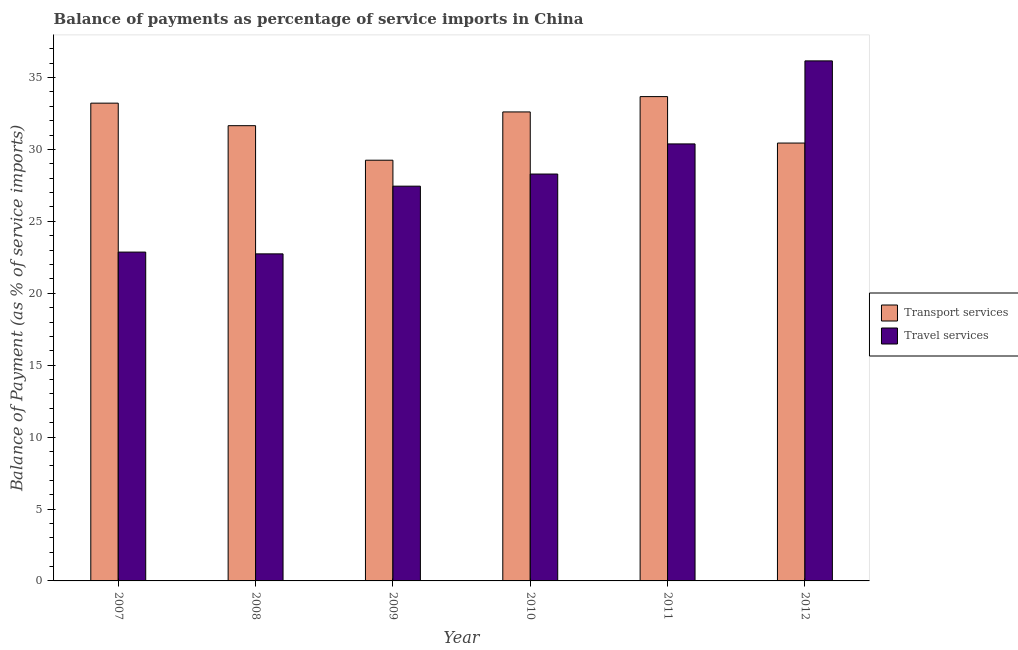
| Year | Transport services | Travel services |
 | --- | --- | --- |
 | 2007 | 33.2 | 22.9 |
 | 2008 | 31.6 | 22.7 |
 | 2009 | 29.2 | 27.4 |
 | 2010 | 32.6 | 28.3 |
 | 2011 | 33.7 | 30.4 |
 | 2012 | 30.4 | 36.2 |